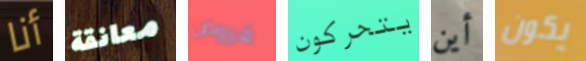
أنا معانقة قروض يتحركون أين يكون